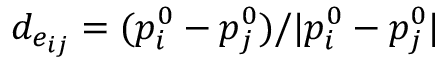
d _ { e _ { i j } } = ( p _ { i } ^ { 0 } - p _ { j } ^ { 0 } ) / | p _ { i } ^ { 0 } - p _ { j } ^ { 0 } |